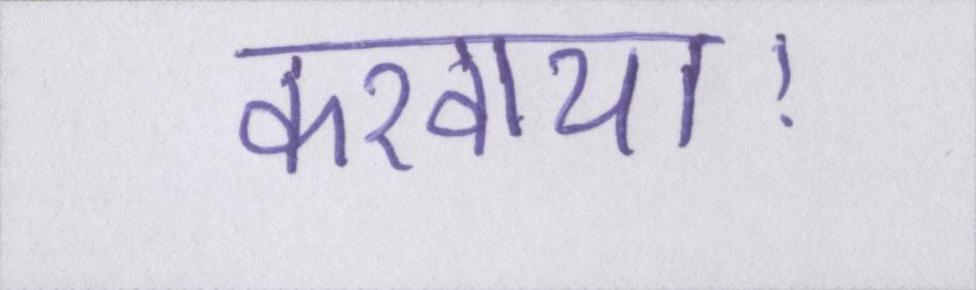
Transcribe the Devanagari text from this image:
करवाया।